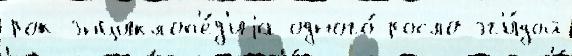
рок-энциклоп'е́д'иjа одного́ росло эг'и́дой